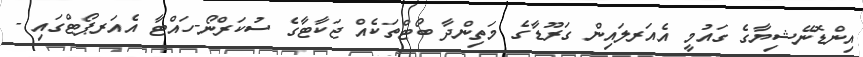
އިންޑޮނޭޝިޔާގެ ގައުމީ އެއަރލައިން ގަރޫޑާގެ މަތިންދާ ބޯޓްތަކެއް ޖަކާޓާގެ ސުކަރްނޯ-ހައްޓާ އެއަރޕޯޓްގައި -